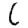
Digit: 6